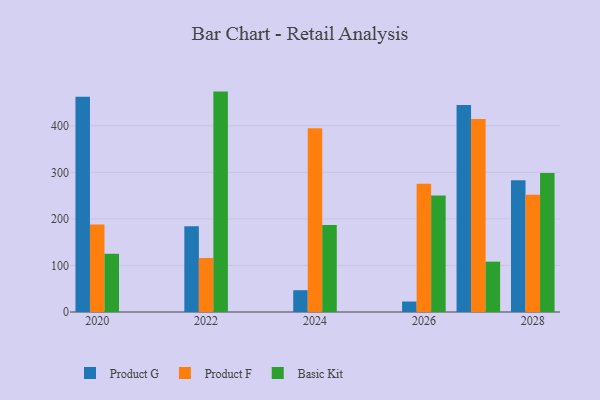
{"axis": {"x": "Year", "y": "Customer Acquisition Cost (USD)"}, "legend": ["Basic Kit", "Product F", "Product G"], "data": [{"x": "2020", "y": 462.2, "type": "Product G"}, {"x": "2020", "y": 188.1, "type": "Product F"}, {"x": "2020", "y": 125.1, "type": "Basic Kit"}, {"x": "2022", "y": 184.3, "type": "Product G"}, {"x": "2022", "y": 116.1, "type": "Product F"}, {"x": "2022", "y": 473.4, "type": "Basic Kit"}, {"x": "2027", "y": 444.7, "type": "Product G"}, {"x": "2027", "y": 414.5, "type": "Product F"}, {"x": "2027", "y": 108.2, "type": "Basic Kit"}, {"x": "2028", "y": 283.0, "type": "Product G"}, {"x": "2028", "y": 252.1, "type": "Product F"}, {"x": "2028", "y": 298.3, "type": "Basic Kit"}, {"x": "2026", "y": 22.5, "type": "Product G"}, {"x": "2026", "y": 275.7, "type": "Product F"}, {"x": "2026", "y": 250.0, "type": "Basic Kit"}, {"x": "2024", "y": 46.8, "type": "Product G"}, {"x": "2024", "y": 394.7, "type": "Product F"}, {"x": "2024", "y": 186.8, "type": "Basic Kit"}]}